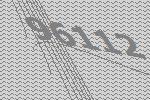
96112